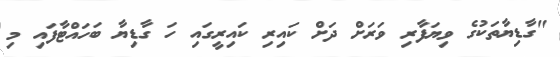
"ގާޑިޔާތަކުގެ ވިޔަފާރި ވަރަށް ދަށް ކައިރި ކައިރީގައި ހަ ގާޑިޔާ ބަހައްޓާފައި މި